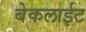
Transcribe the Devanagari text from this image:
बेकलाईट